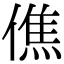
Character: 僬